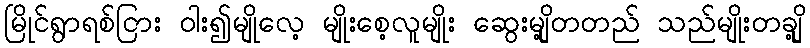
မြိုင်ရွာရစ်ငြား ဝါး၍မျိုလေ့ မျိုးစေ့လူမျိုး ဆွေးမျို့တတည် သည်မျိုးတချို့